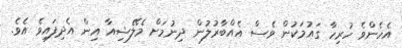
އެހެންވެ ހުރިހާ ގައުމަކުން ވެސް އެއްބާރުލުން ދިނުމަށް މެލޭޝިއާ އިން އެދިފައިވެ އެވެ.